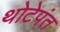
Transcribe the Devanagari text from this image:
थोटेपंत